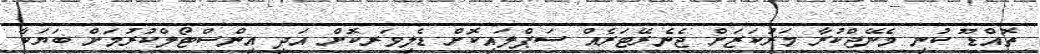
ތޮއްޑޫ ކުނި މެނޭޖްކުރާ މަރުކަޒަށް ޖެނެރޭޓަރެއް ސަޕްލައިކޮށް ޑެލިވަރކޮށް އަދި އިންސްޓޯލްކުރުމަށް ބަޔަކާ